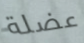
عضلة